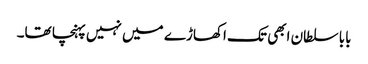
بابا سلطان ابھی تک اکھاڑے میں نہیں پہنچا تھا۔